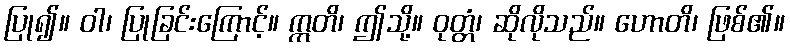
ပြု၍။ ဝါ၊ ပြုခြင်းကြောင့်။ ဣတိ၊ ဤသို့။ ဝုတ္တံ၊ ဆိုလိုသည်။ ဟောတိ၊ ဖြစ်၏။